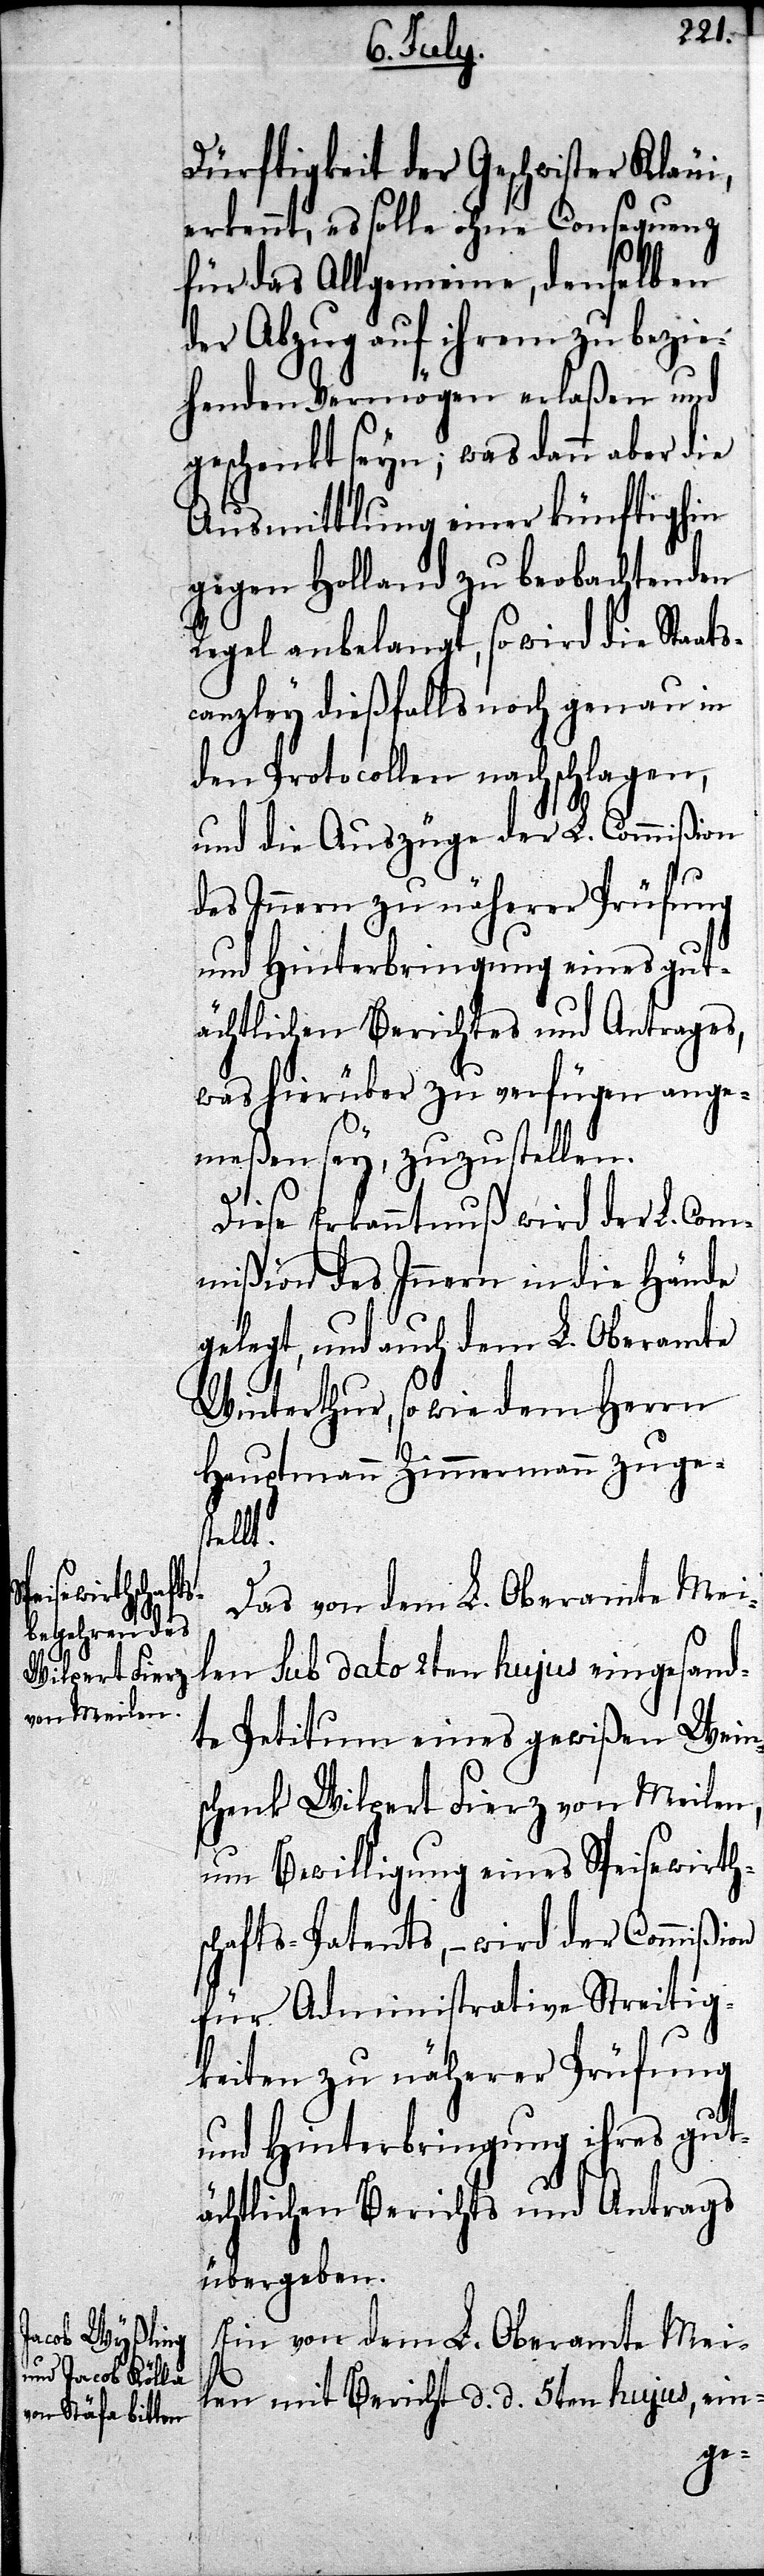
Dürftigkeit der Geschwister Kläui,
erkennt, es solle ohne Consequenz
für das Allgemeine, denselben
der Abzug auf ihrem zu bezie¬
henden Vermögen erlaßen und
geschenkt seyn; was dann aber die
Ausmittlung einer künftighin
gegen Holland zu beobachtenden
Regel anbelangt, so wird die Staat¬
scanzley dießfalls noch genau in
den Protocollen nachschlagen,
und die Auszüge der L. Commißion
des Innern zu näherer Prüfung
und Hinterbringung eines gut¬
ächtlichen Berichtes und Antrages,
was hierüber zu verfügen ange¬
meßen sey, zuzustellen.
Diese Erkanntnuß wird der L. Com¬
mißion des Innern in die Hände
gelegt, und auch dem L. Oberamte
Winterthur, so wie dem Herrn
Hauptmann Zimmermann zuges¬
tellt.
Das von dem L. Oberamte Mei¬
len sub dato 2ten hujus eingesand¬
te Petitum eines gewißen Wein¬
schenk Wilpert Fierz von Meilen,
um Bewilligung eines Speisewirt¬
schafts-Patents, – wird der Commißion
für Administrative Streitig¬
keiten zu näherer Prüfung
und Hinterbringung ihres gut¬
ächtlichen Berichts und Antrags
übergeben.
Ein von dem L. Oberamte Mei¬
len mit Bericht d. d. 5ten hujus, ein-